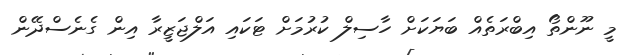
މީ ނޫންތޯ އިބްރަތެއް ބަޔަކަށް ހާސިލް ކުރުމަށް ޓަކައި އަލްޖަޒީރާ އިން ގެނެސްދޭން